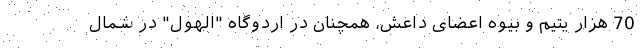
70 هزار یتیم و بیوه اعضای داعش، همچنان در اردوگاه "الهول" در شمال